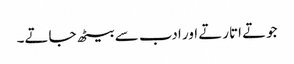
جوتے اتارتے اور ادب سے بیٹھ جاتے۔